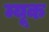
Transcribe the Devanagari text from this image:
म्यूक